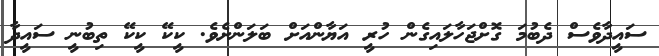
ސައީދާވެސް ދެބުމަ ގޮށްޖަހާލައިގެން ހުރީ އަޔާންއަށް ބަލަންށެވެ. ކީކޭ ކީކޭ ތިބުނީ ސައީދާ